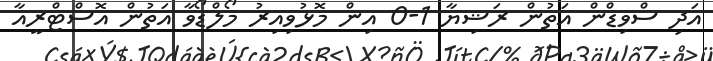
އަދި ސްވިޑްން އަތުން ރަޝިޔާ 1-0 އިން މޮޅުވިއިރު މޯލްޑޯވާ އަތުން އޮސްޓްރީއާ